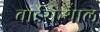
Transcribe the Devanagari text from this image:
वाईसेन्थाल